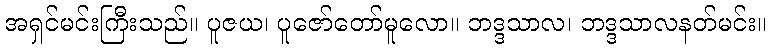
အရှင်မင်းကြီးသည်။ ပူဇယ၊ ပူဇော်တော်မူလော။ ဘဒ္ဒသာလ၊ ဘဒ္ဒသာလနတ်မင်း။